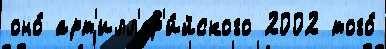
оно́ арт'илл'ер'и́йского 2002 того́